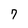
Character: 7